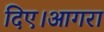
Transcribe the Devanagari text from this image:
दिए।आगरा